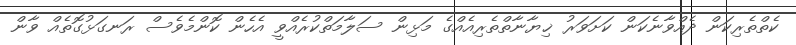
ކެތްތެރިކަން ދެއްވާނެކަން ކަށަވަރު ޚިޔާނާތްތެރިއެއްގެ މަޅިން ސަލާމަތްކުރެއްވީ އެހެން ކޮންމެވެސް ރަނގަޅުގޮތެއް ވާން